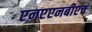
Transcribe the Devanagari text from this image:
एऩएएनबीएच